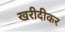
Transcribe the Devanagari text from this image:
खरीदीकर